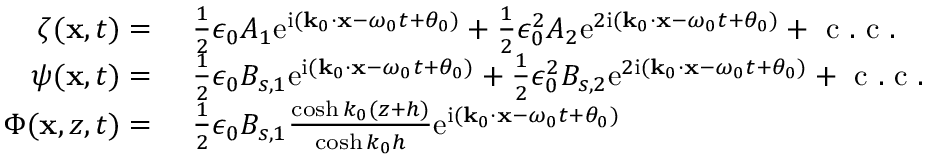
\begin{array} { r l } { \zeta ( \mathbf { x } , t ) = ~ } & { { } \frac { 1 } { 2 } \epsilon _ { 0 } A _ { 1 } \mathrm { e } ^ { \mathrm { i } ( \mathbf { k } _ { 0 } \cdot \mathbf { x } - \omega _ { 0 } t + \theta _ { 0 } ) } + \frac { 1 } { 2 } \epsilon _ { 0 } ^ { 2 } A _ { 2 } \mathrm { e } ^ { 2 \mathrm { i } ( \mathbf { k } _ { 0 } \cdot \mathbf { x } - \omega _ { 0 } t + \theta _ { 0 } ) } + \mathrm { ~ c ~ . ~ c ~ . ~ } } \\ { \psi ( \mathbf { x } , t ) = ~ } & { { } \frac { 1 } { 2 } \epsilon _ { 0 } B _ { s , 1 } \mathrm { e } ^ { \mathrm { i } ( \mathbf { k } _ { 0 } \cdot \mathbf { x } - \omega _ { 0 } t + \theta _ { 0 } ) } + \frac { 1 } { 2 } \epsilon _ { 0 } ^ { 2 } B _ { s , 2 } \mathrm { e } ^ { 2 \mathrm { i } ( \mathbf { k } _ { 0 } \cdot \mathbf { x } - \omega _ { 0 } t + \theta _ { 0 } ) } + \mathrm { ~ c ~ . ~ c ~ . ~ } } \\ { \Phi ( \mathbf { x } , z , t ) = ~ } & { { } \frac { 1 } { 2 } \epsilon _ { 0 } B _ { s , 1 } \frac { \cosh k _ { 0 } ( z + h ) } { \cosh k _ { 0 } h } \mathrm { e } ^ { \mathrm { i } ( \mathbf { k } _ { 0 } \cdot \mathbf { x } - \omega _ { 0 } t + \theta _ { 0 } ) } } \end{array}